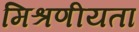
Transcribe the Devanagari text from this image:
मिश्रणीयता